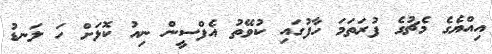
އިއްޔެގެ މެޗުގެ ފުރަތަމަ ހާފުގައި ކުވޭތު އެފްސީން ނިއު ކޮޅަށް ހަ ލަނޑު